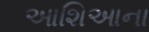
આશિઆના